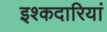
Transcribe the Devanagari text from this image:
इश्कदारियां